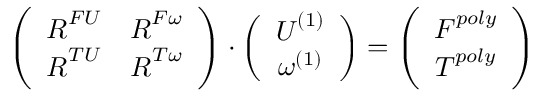
\left( \begin{array} { c c } { \boldsymbol { R } ^ { F U } } & { \boldsymbol { R } ^ { F \omega } } \\ { \boldsymbol { R } ^ { T U } } & { \boldsymbol { R } ^ { T \omega } } \end{array} \right) \cdot \left( \begin{array} { c } { \boldsymbol { U } ^ { ( 1 ) } } \\ { \omega ^ { ( 1 ) } } \end{array} \right) = \left( \begin{array} { c } { \boldsymbol { F } ^ { p o l y } } \\ { \boldsymbol { T } ^ { p o l y } } \end{array} \right)